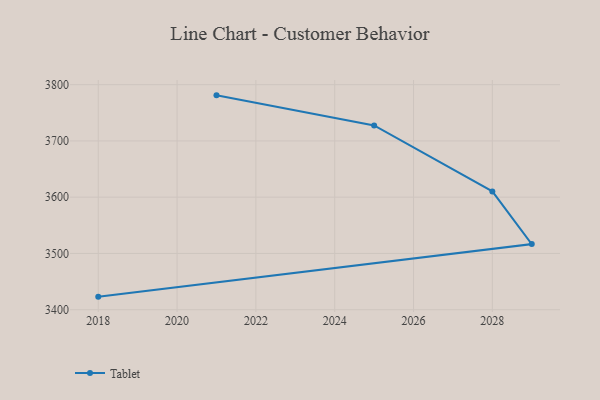
{"axis": {"x": "Year", "y": "Net Income (USD K)"}, "legend": ["Tablet"], "data": [{"x": "2021", "y": 3781.0, "type": "Tablet"}, {"x": "2025", "y": 3727.5, "type": "Tablet"}, {"x": "2028", "y": 3610.3, "type": "Tablet"}, {"x": "2029", "y": 3516.6, "type": "Tablet"}, {"x": "2018", "y": 3423.2, "type": "Tablet"}]}